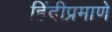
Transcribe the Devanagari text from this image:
हिंदीप्रमाणे